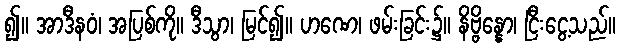
၍။ အာဒီနဝံ၊ အပြစ်ကို။ ဒီသွာ၊ မြင်၍။ ဟဏေ၊ ဖမ်းခြင်း၌။ နိဗ္ဗိန္နော၊ ငြီးငွေ့သည်။